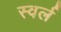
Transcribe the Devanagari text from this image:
स्वर्ल